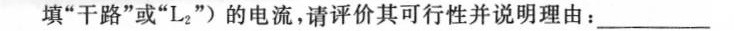
填”干路”或”L_{2} ”)的电流，请评价其可行性并说明理由：